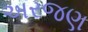
અરજણ